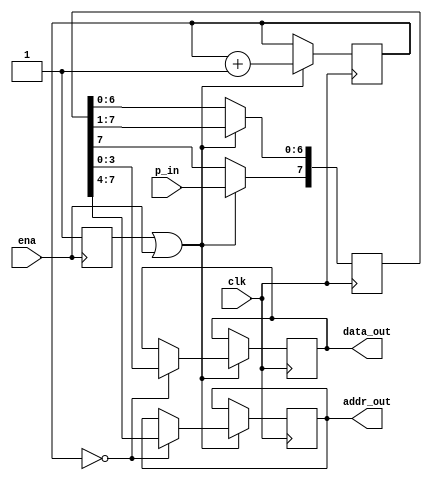
module P_to_S (
    input clk, ena, p_in,
    output reg [3:0] addr_out, data_out
);
    reg flag;
    reg [2:0] cnt;
    reg [7:0] shift_reg;
    initial begin
        flag <= 1'b0;
        cnt <= 3'b000;
    end
    always @ (posedge ena) flag <= 1'b1;
    always @ (posedge clk) if (flag | ena) begin
        if (!cnt) {addr_out, data_out} <= shift_reg;
        shift_reg[6:0] <= shift_reg[7:1];
        shift_reg[7] <= p_in;
        cnt <= cnt + 1'b1;
    end
endmodule